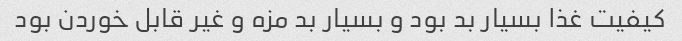
کیفیت غذا بسیار بد بود و بسیار بد مزه و غیر قابل خوردن بود